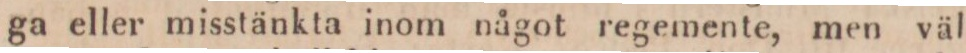
ga eller misstänkta inom något regemente, men väl